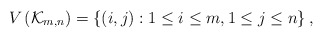
\begin{align*}V\left( \mathcal{K}_{m,n} \right)=\left\{ \left( i,j\right) :1\leq i\leq m,1\leq j\leq n\right\},\end{align*}